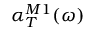
\alpha _ { T } ^ { M 1 } ( \omega )